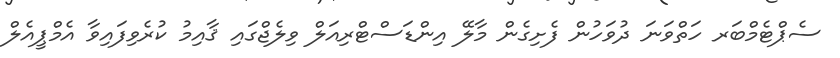
ސެޕްޓެމްބަރ ހަތްވަނަ ދުވަހުން ފެށިގެން މާލޭ އިންޑަސްޓްރިއަލް ވިލެޖްގައި ޤާއިމު ކުރެވިފައިވާ އެމްޕީއެލް